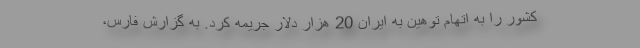
کشور را به اتهام توهین به ایران 20 هزار دلار جریمه کرد. به گزارش فارس،